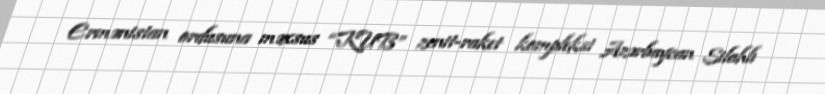
Ermənistan ordusuna məxsus “KUB” zenit-raket kompleksi Azərbaycan Silahlı